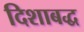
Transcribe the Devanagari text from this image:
दिशाबद्ध